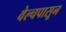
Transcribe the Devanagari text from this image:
वेल्चपासून